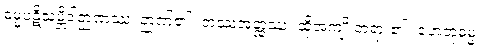
ဓမ္မပဋိသမ္ဘိဒါဉာဏဿ၊ ဉာဏ်၏။ တဿအတ္ထဿ၊ ထိုအကျိုးတရား၏။ ဟေတုဓမ္မ